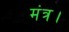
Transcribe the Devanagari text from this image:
मंत्र।